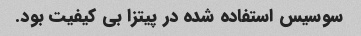
سوسیس استفاده شده در پیتزا بی کیفیت بود.